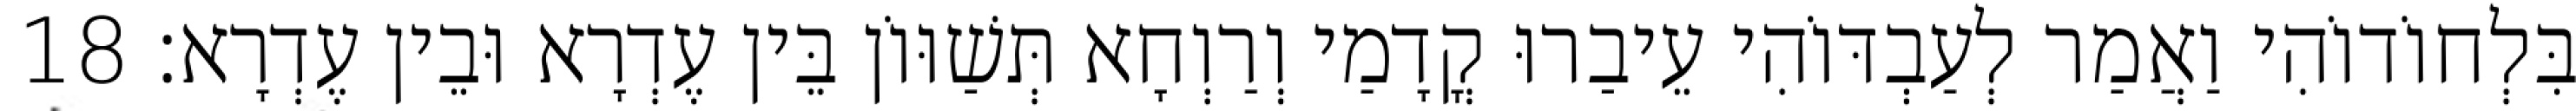
בִּלְחוֹדוֹהִי וַאֲמַר לְעַבְדּוֹהִי עֵיבַרוּ קֳדָמַי וְרַוְחָא תְּשַׁוּוֹן בֵּין עֶדְרָא וּבֵין עֶדְרָא׃ 18